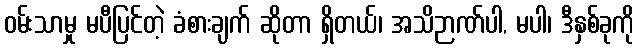
ဝမ်းသာမှု မပီပြင်တဲ့ ခံစားချက် ဆိုတာ ရှိတယ်၊ အသိဉာဏ်ပါ, မပါ၊ ဒီနှစ်ခုကို